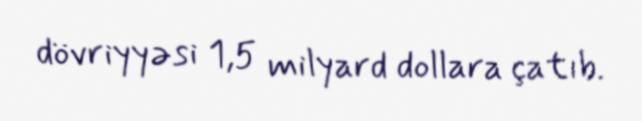
dövriyyəsi 1,5 milyard dollara çatıb.